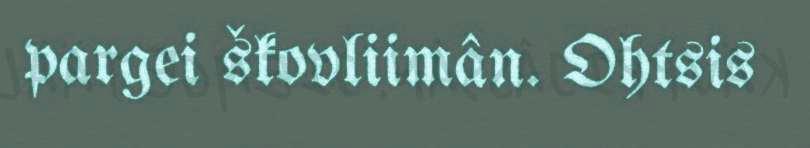
pargei škovliimân. Ohtsis